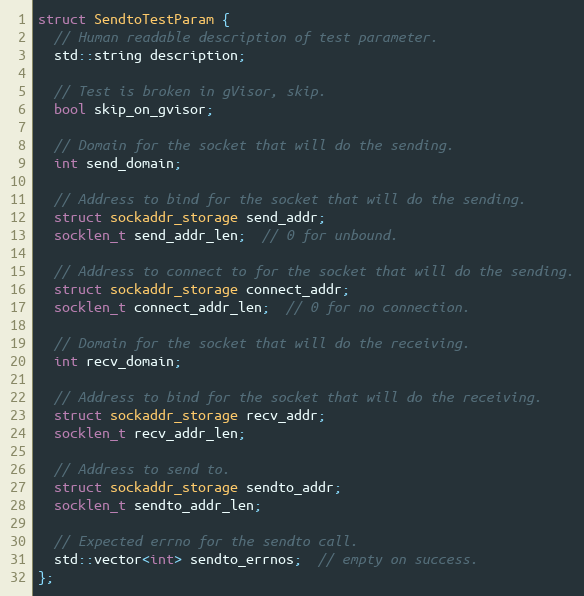
Language: C++
struct SendtoTestParam {
  // Human readable description of test parameter.
  std::string description;

  // Test is broken in gVisor, skip.
  bool skip_on_gvisor;

  // Domain for the socket that will do the sending.
  int send_domain;

  // Address to bind for the socket that will do the sending.
  struct sockaddr_storage send_addr;
  socklen_t send_addr_len;  // 0 for unbound.

  // Address to connect to for the socket that will do the sending.
  struct sockaddr_storage connect_addr;
  socklen_t connect_addr_len;  // 0 for no connection.

  // Domain for the socket that will do the receiving.
  int recv_domain;

  // Address to bind for the socket that will do the receiving.
  struct sockaddr_storage recv_addr;
  socklen_t recv_addr_len;

  // Address to send to.
  struct sockaddr_storage sendto_addr;
  socklen_t sendto_addr_len;

  // Expected errno for the sendto call.
  std::vector<int> sendto_errnos;  // empty on success.
};